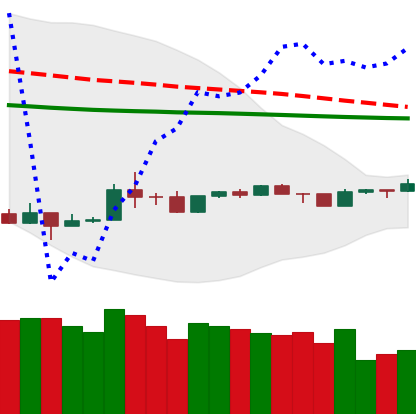
Ticker: TRX-USD
Chart end date: 2020-04-02
Forward return: 10.781%
Label: up_7plus